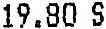
19.80 S